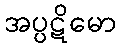
အပ္ပဋိမော